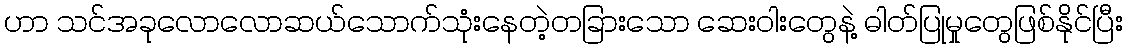
ဟာ သင်အခုလောလောဆယ်သောက်သုံးနေတဲ့တခြားသော ဆေးဝါးတွေနဲ့ ဓါတ်ပြုမှုတွေဖြစ်နိုင်ပြီး